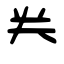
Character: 龹